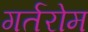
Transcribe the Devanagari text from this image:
गर्तरोम